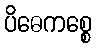
ပိဓေကစ္စေ